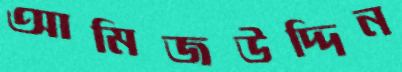
আমিজউদ্দিন